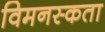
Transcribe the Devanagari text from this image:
विमनस्कता